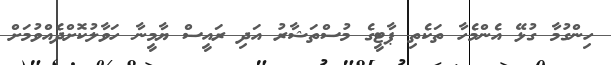
ހިންގުމާ ގުޅޭ އެންމެހާ ތަކެތި ޕާޓީގެ މުސްތަޝާރު އަދި ރައީސް ޔާމީނާ ހަވާލުކޮށްދެއްވުމަށް